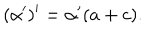
( \alpha ^ { \prime } ) ^ { \prime } = \alpha ^ { \prime } ( a + c ) .